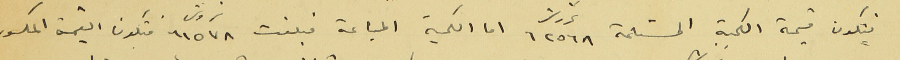
فتكون قيمة الكمية المستلمة ٦٢٥٦٨ غروش اما الكمية المباعة فبلغت ٦١٥٧٨ غروش فتكون القيمة المكسور